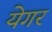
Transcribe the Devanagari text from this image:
येगर